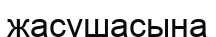
жасушасына